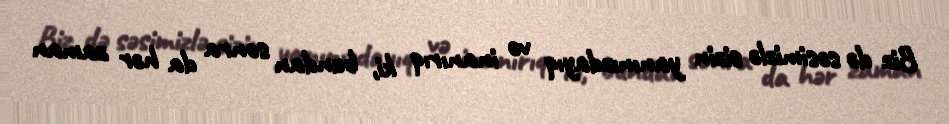
Biz də səsimizlə sizin yanınızdayıq və inanırıq ki, bundan sonra da hər zaman